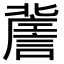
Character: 𧫯